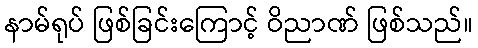
နာမ်ရုပ် ဖြစ်ခြင်းကြောင့် ဝိညာဏ် ဖြစ်သည်။